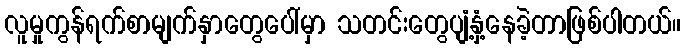
လူမှုကွန်ရက်စာမျက်နှာတွေပေါ်မှာ သတင်းတွေပျံ့နှံ့နေခဲ့တာဖြစ်ပါတယ်။